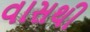
વાસથી